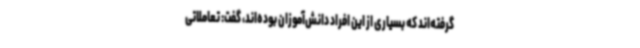
گرفته‌اند که بسیاری از این افراد دانش‌آموزان بوده‌اند، گفت: تعاملاتی